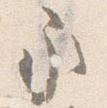
永